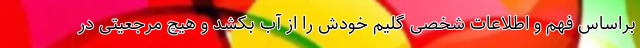
براساس فهم و اطلاعات شخصی گلیم خودش را از آب بکشد و هیچ مرجعیتی در